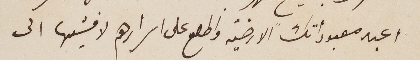
اعبد معبوداتك الارضية واطلع على اسرارهم لافشيها الى